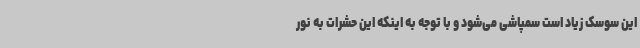
این سوسک زیاد است سمپاشی می‌شود و با توجه به اینکه این حشرات به نور